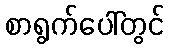
စာရွက်ပေါ်တွင်